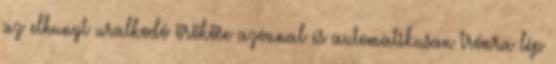
az elhunyt uralkodó örököse azonnal és automatikusan trónra lép